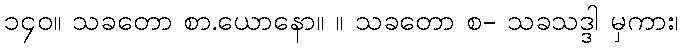
၁၄၀။ သခတော စာ.ယောနော။ ။ သခတော စ- သခသဒ္ဒါ မှကား၊